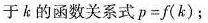
于k的函数关系式$$p=f(k)$$；